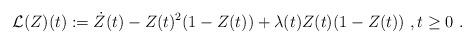
LaTeX: \begin{align*}\mathcal L(Z)(t):=\dot{Z}(t)-Z(t)^2(1-Z(t))+\lambda(t)Z(t)(1-Z(t))\ , t\ge 0\ .\end{align*}